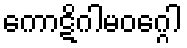
ကောဋိဂါမဝဂ္ဂေါ